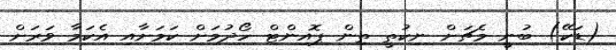
(ޑަކޭ) ބުނީ މެޗަށް ނިކުތީ ތިން ޕޮއިންޓް ހޯދުމަށް ކަމަށާއި އެކަމާ ވަރަށް